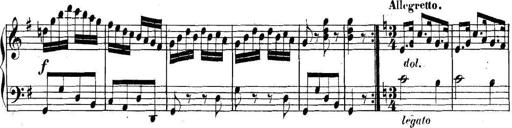
Title: Collected Piano Sonatas
Composer: Muzio Clementi